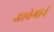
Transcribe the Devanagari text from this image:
आवेगानं